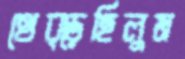
থেব্‌ড়েছিলুম